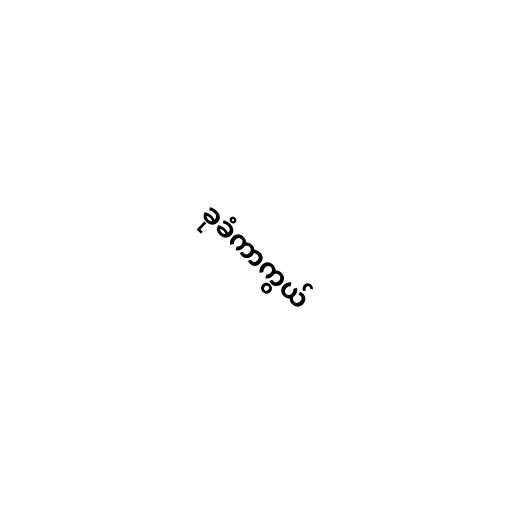
ခုခံကာကွယ်